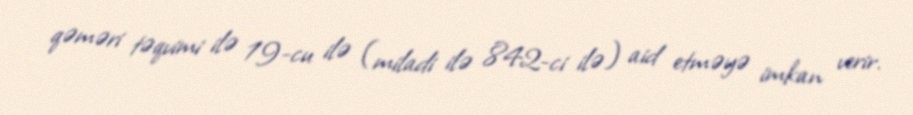
qəməri təqvimi ilə 19-cu ilə (miladi ilə 842-ci ilə) aid etməyə imkan verir.